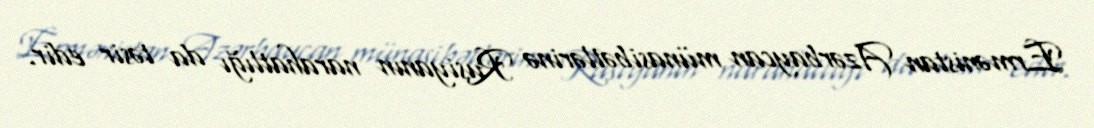
Ermənistan Azərbaycan münasibətlərinə Rusiyanın narahatlığı da təsir edir.